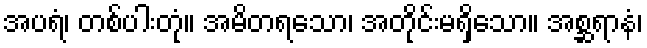
အပရံ၊ တစ်ပါးတုံ။ အမိတရသော၊ အတိုင်းမရှိသော။ အစ္ဆရာနံ၊